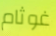
غوثام